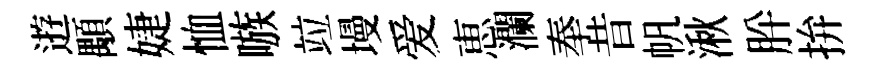
逰顒婕恤嗾竝墁爱恵瀾奉昔帆湫肸拚